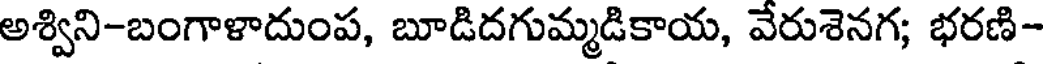
అశ్విని-బంగాళాదుంప, బూడిదగుమ్మడికాయ, వేరుశెనగ; భరణి-